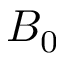
B _ { 0 }